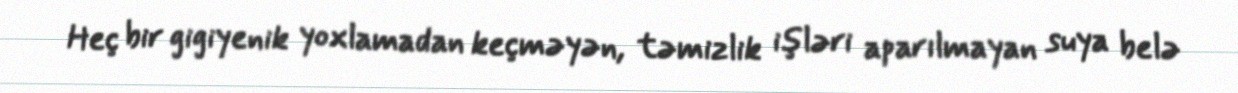
Heç bir gigiyenik yoxlamadan keçməyən, təmizlik işləri aparılmayan suya belə